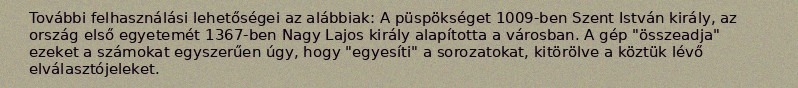
További felhasználási lehetőségei az alábbiak: A püspökséget 1009-ben Szent István király, az ország első egyetemét 1367-ben Nagy Lajos király alapította a városban. A gép "összeadja" ezeket a számokat egyszerűen úgy, hogy "egyesíti" a sorozatokat, kitörölve a köztük lévő elválasztójeleket.